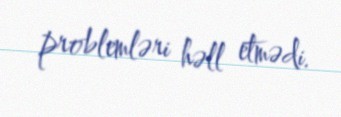
problemləri həll etmədi.